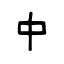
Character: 中